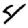
Digit: 4